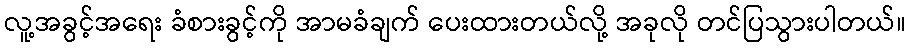
လူ့အခွင့်အရေး ခံစားခွင့်ကို အာမခံချက် ပေးထားတယ်လို့ အခုလို တင်ပြသွားပါတယ်။